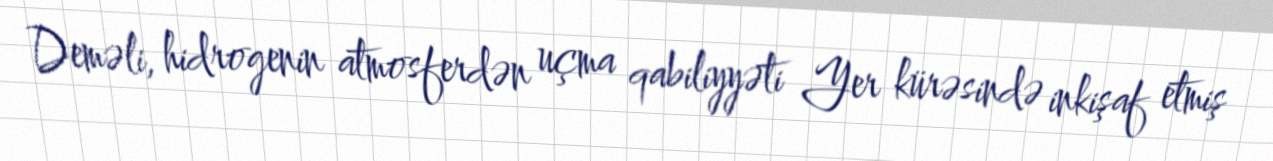
Deməli, hidrogenin atmosferdən uçma qabiliyyəti Yer kürəsində inkişaf etmiş